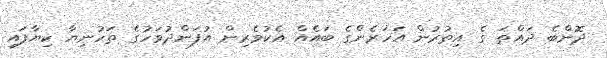
ދޮންބެ ދައްތަ ގެ އިތުރުން އަހަރެންގެ ބައެއް އެކުވެރިން އުފަންދުވަހުގެ ތަހުނިޔާ ކިޔާފައި